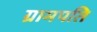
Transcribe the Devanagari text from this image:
ग्रामपति